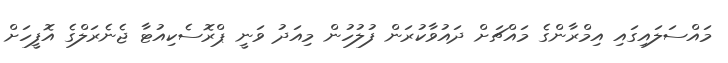
މައްސަލައިގައި އިމްރާންގެ މައްޗަށް ދައުވާކުރަން ފުލުހުން މިއަދު ވަނީ ޕްރޮސެކިއުޓާ ޖެނެރަލްގެ އޮފީހަށް